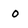
Character: o